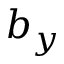
b _ { y }